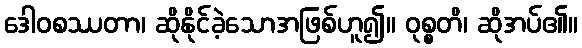
ဒေါဝစဿတာ၊ ဆိုနိုင်ခဲ့သောအဖြစ်ဟူ၍။ ဝုစ္စတိ၊ ဆိုအပ်၏။